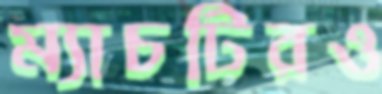
ম্যাচটিরও